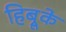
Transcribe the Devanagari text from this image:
हिब्रूके